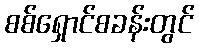
စစ်ရှောင်စခန်းတွင်